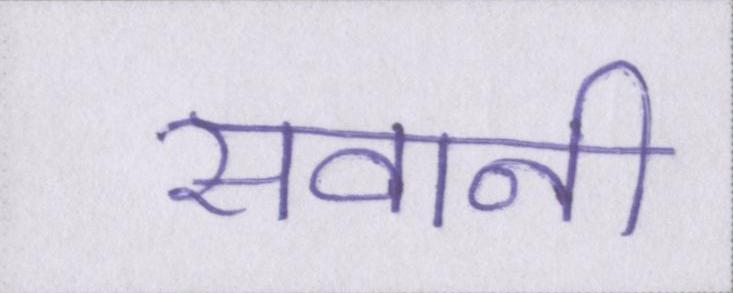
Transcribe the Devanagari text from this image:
सवानी